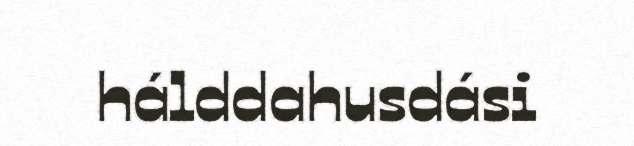
hálddahusdási